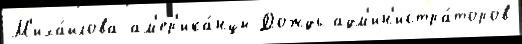
М'иха́йлова ам'ер'ика́нцы Дождь адм'ин'истра́торов